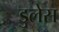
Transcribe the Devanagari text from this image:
डुलेस